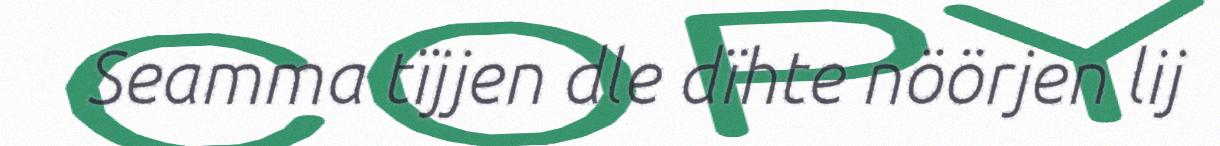
Seamma tïjjen dle dïhte nöörjen lij